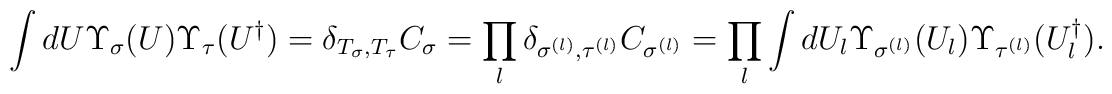
\int d U \Upsilon_{\sigma} (U) \Upsilon_{\tau}(U^{\dagger}) = \delta_{T_\sigma, T_{\tau}}C_\sigma= \prod_{l}\delta_{\sigma^{(l)},\tau^{(l)}}C_{\sigma^{(l)}}=\prod_{l}\int d U_l\Upsilon_{\sigma^{(l)}} (U_l)\Upsilon_{\tau^{(l)}}(U_l^{\dagger}).